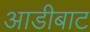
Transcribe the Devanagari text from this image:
आडीबाट